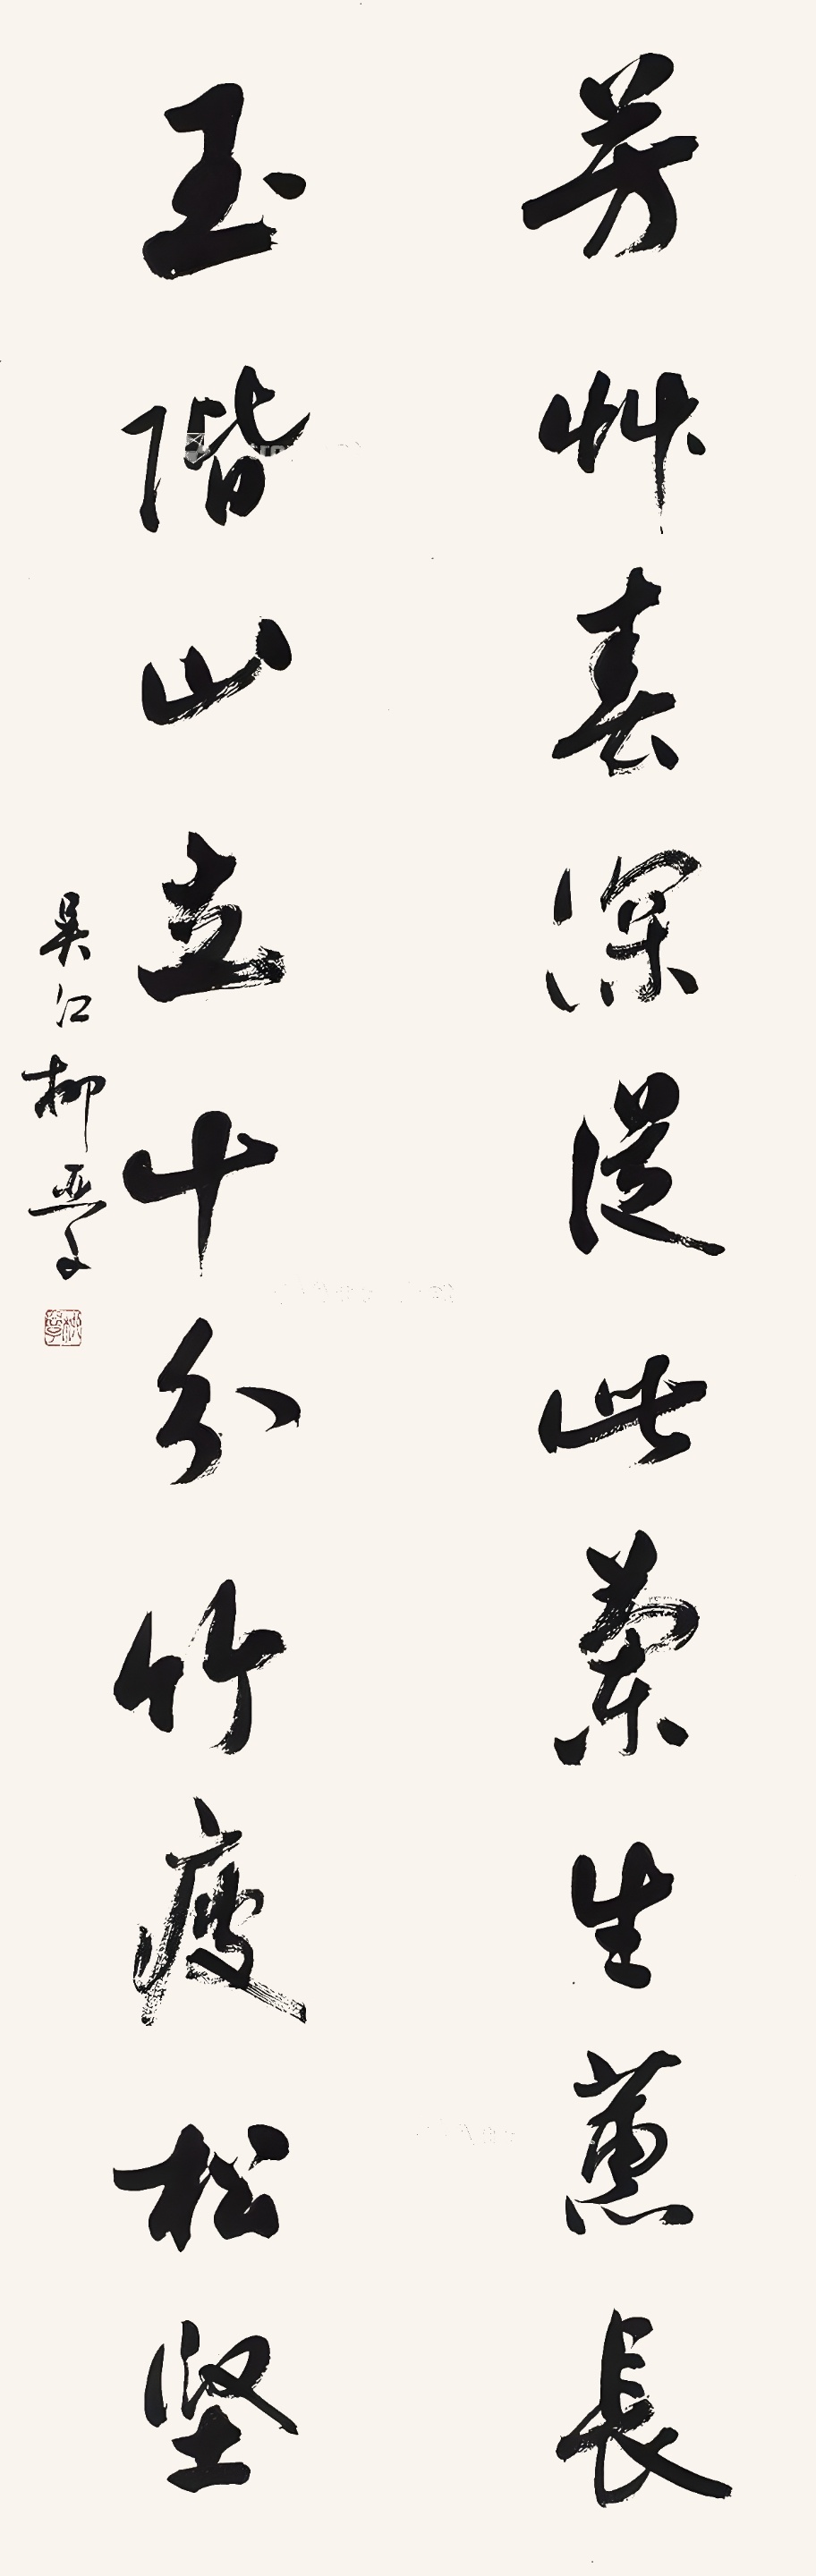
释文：芳草春深从此兰生熏长，玉阶山立十分竹瘦松坚。吴江柳亚子。